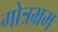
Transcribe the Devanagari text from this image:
गोत्रभ्रम